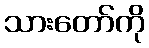
သားတော်ကို